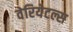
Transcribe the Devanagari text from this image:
वेरियेटल्स